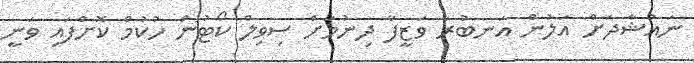
ނައުޝާދަށް އަލުން އަނބުރާ ވަޒީފާ ދިނުމަށް ސިވިލް ކޯޓުން ހުކުމް ކޮށްފައި ވަނީ